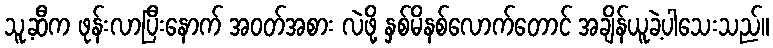
သူ့ဆီက ဖုန်းလာပြီးနောက် အဝတ်အစား လဲဖို့ နှစ်မိနစ်လောက်တောင် အချိန်ယူခဲ့ပါသေးသည်။